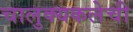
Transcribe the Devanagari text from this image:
चालुक्यकलेची